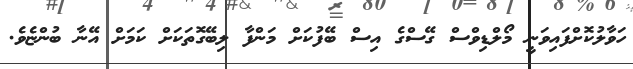
ހަވާލުކޮށްފައިވަނީ މޯލްޑިވްސް ގޭސްގެ އިސް ބޭފުކަށް މަންފާ ލިބޭގޮތަކަށް ކަމަށް އޭނާ ބުންޏެވެ.